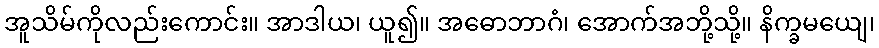
အူသိမ်ကိုလည်းကောင်း။ အာဒါယ၊ ယူ၍။ အဓောဘာဂံ၊ အောက်အဘို့သို့။ နိက္ခမယျေ၊